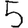
Digit: 5